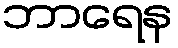
ဘာရေန